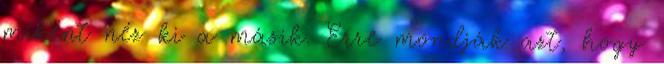
miként néz ki a másik. Erre mondják azt, hogy